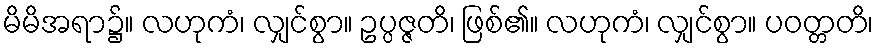
မိမိအရာ၌။ လဟုကံ၊ လျှင်စွာ။ ဥပ္ပဇ္ဇတိ၊ ဖြစ်၏။ လဟုကံ၊ လျှင်စွာ။ ပဝတ္တတိ၊